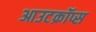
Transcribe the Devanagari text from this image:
आउटक्रॉप्स